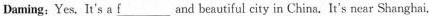
Daming:Yes, It's a \underline{f} ___and beautiful city in China. It's near Shanghai,